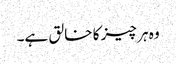
وہ ہر چیز کا خالق ہے۔